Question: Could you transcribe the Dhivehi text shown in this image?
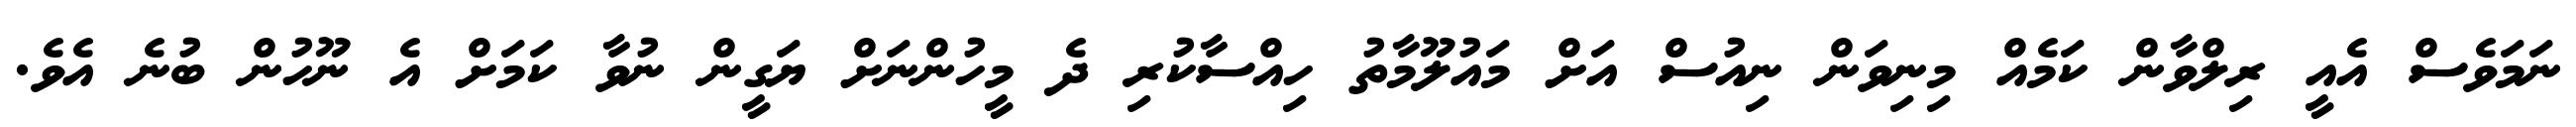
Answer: ނަމަވެސް އެއީ ރިލްވާން ކަމެއް މިނިވަން ނިއުސް އަށް މައުލޫމާތު ހިއްސާކުރި ދެ މީހުންނަށް ޔަގީން ނުވާ ކަމަށް އެ ނޫހުން ބުނެ އެވެ.